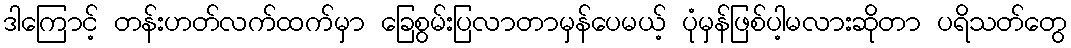
ဒါကြောင့် တန်းဟတ်လက်ထက်မှာ ခြေစွမ်းပြလာတာမှန်ပေမယ့် ပုံမှန်ဖြစ်ပါ့မလားဆိုတာ ပရိသတ်တွေ